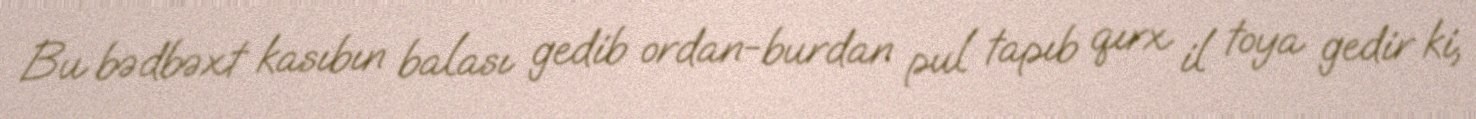
Bu bədbəxt kasıbın balası gedib ordan-burdan pul tapıb qırx il toya gedir ki,